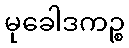
မုခေါဒကဉ္စ